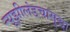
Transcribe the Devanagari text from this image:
न्यूझीलंडचासुद्धा